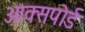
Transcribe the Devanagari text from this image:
आक्सपोर्ड